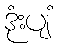
ဒုံးပျံ